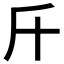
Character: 𣂑